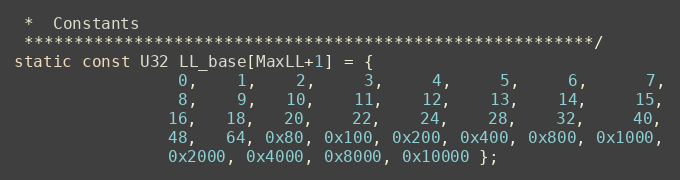
Language: C
 *  Constants
 *********************************************************/
static const U32 LL_base[MaxLL+1] = {
                 0,    1,    2,     3,     4,     5,     6,      7,
                 8,    9,   10,    11,    12,    13,    14,     15,
                16,   18,   20,    22,    24,    28,    32,     40,
                48,   64, 0x80, 0x100, 0x200, 0x400, 0x800, 0x1000,
                0x2000, 0x4000, 0x8000, 0x10000 };